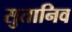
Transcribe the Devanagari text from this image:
सुतानिव